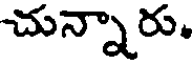
చున్నారు.